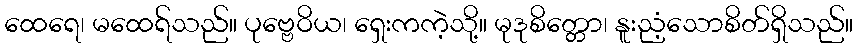
ထေရေ၊ မထေရ်သည်။ ပုဗ္ဗေဝိယ၊ ရှေးကကဲ့သို့။ မုဒုစိတ္တော၊ နူးညံ့သောစိတ်ရှိသည်။